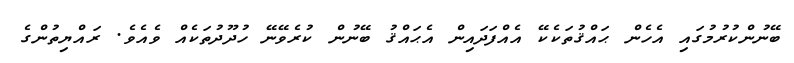
ބޭނުންކުރުމުގައި އެހެން ޙައްޤުތަކެކޭ އެއްފަދައިން އެޙައްޤު ބޭނުން ކުރެވޭނޭ ހުދޫދުތަކެއް ވެއެވެ. ރައްޔިތުންގެ